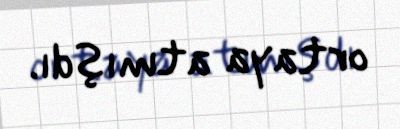
ortaya atmışdı.